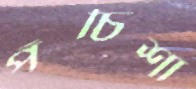
পঁচিশা